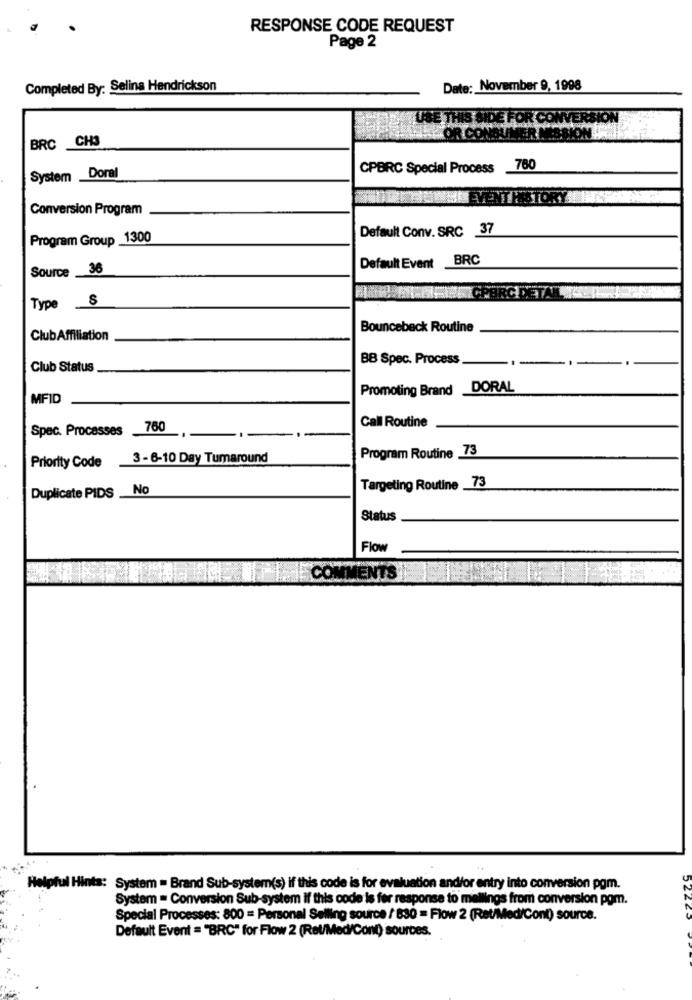
RESPONSE CODE REQUEST
Page 2
Completed By: Selina Hendrickson
Date: November 9, 1998
US
FOR CONVERSIO
BRC CH3
CPBRC Special Process 780
System Doral
VENTHISTORY
Conversion Program
Default Conv. SRC 37
Program Group 1300
Default Event _BRC
Source _36
Type S
Bounceback Routine
ClubAffiliation
BB Spec. Process
Club Status
Promoting Brand DORAL
MFID
Call Routine
Spac. Processes 760
Program Routine 73
3 -6-10 Day Tumaround
Priority Code
No
Targeting Routine _73
Duplicate PIDS
Status
Flow
IENTS
Ipful Hints: System = Brand Sub-system(s) if this code is for evaluation and/or entry into conversion pgm.
System = Conversion Sub-system if this code is fer response to mellings from conversion pom.
Special Processes: 800 = Personal Selling source / 830 = Flow 2 (Ret/Med/Cont) source.
Default Event = "BRC" for Flow 2 (Ret/Med/Cont) sources.